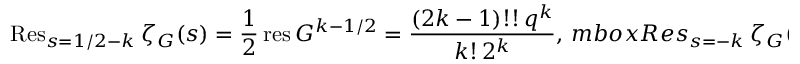
\mathrm { R e s } _ { s = 1 / 2 - k } \ \zeta _ { G } ( s ) = \frac 1 2 \, \mathrm { r e s } \ G ^ { k - 1 / 2 } = \frac { ( 2 k - 1 ) ! ! \, q ^ { k } } { k ! \, 2 ^ { k } } , \, m b o x { R e s } _ { s = - k } \ \zeta _ { G } ( s ) = \frac 1 2 \, \mathrm { r e s } \ G ^ { k } = 0 , \ k = 0 , 1 , 2 , \ldots ,